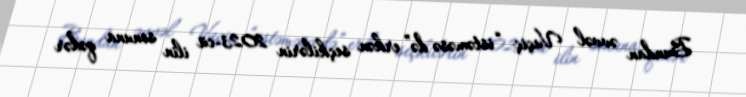
Bundan əvvəl Vuçiç “istəməsə də” erkən seçkilərin 2023-cü ilin sonuna qədər